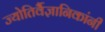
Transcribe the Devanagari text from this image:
ज्योतिर्वैज्ञानिकांनी